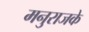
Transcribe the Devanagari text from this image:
मनुराजके